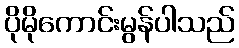
ပိုမိုကောင်းမွန်ပါသည်